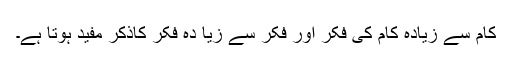
کام سے زیادہ کام کی فکر اور فکر سے زیا دہ فکر کاذکر مفید ہوتا ہے۔